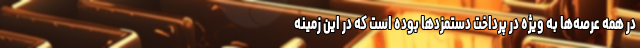
در همه عرصه‌ها به ویژه در پرداخت دستمزدها بوده است که در این زمینه